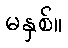
မနှစ်။